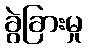
ခွဲခြားမှု